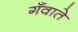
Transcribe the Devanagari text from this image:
गँवाते